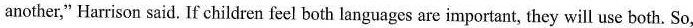
another," Harrison said. If children feel both languages are important, they will use both. So,